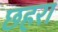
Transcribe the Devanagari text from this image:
छहरा